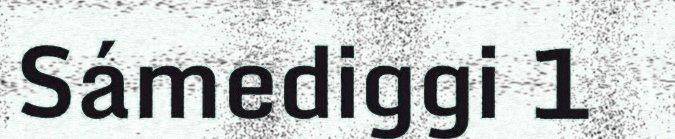
Sámediggi 1